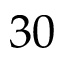
3 0